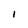
Character: I